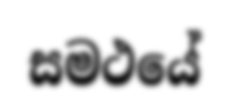
සමථයේ